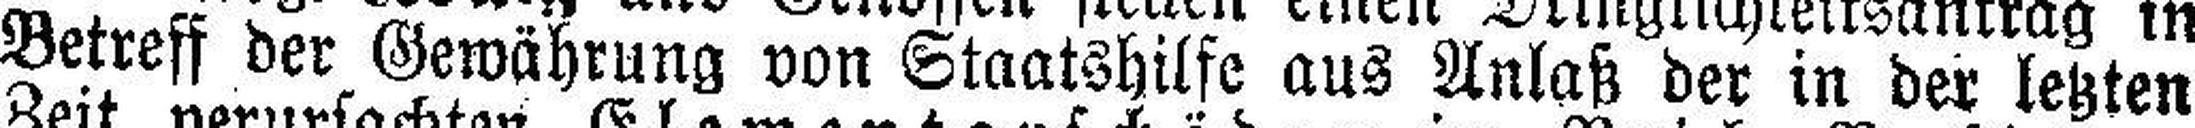
Betreff der Gewährung von Staatshilfe aus Anlaß der in der letzten